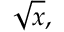
{ \sqrt { x } } ,